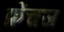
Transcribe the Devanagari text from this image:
फ्रेंचज